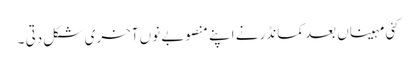
کئی مہیناں بعد کمانڈر نے اپنے منصوبے نوں آخری شکل دتی ۔